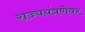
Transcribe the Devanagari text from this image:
राज्ययंत्रणेवर